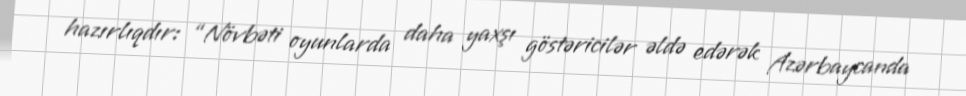
hazırlıqdır: “Növbəti oyunlarda daha yaxşı göstəricilər əldə edərək Azərbaycanda